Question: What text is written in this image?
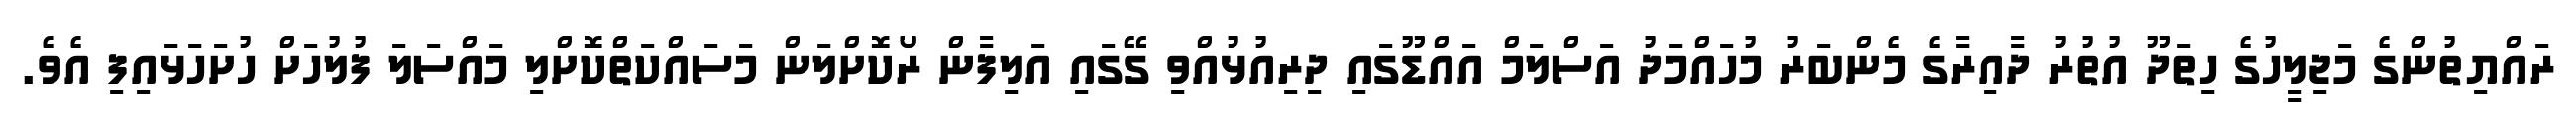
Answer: ރައްޔިތުންގެ މަޖިލީހުގެ ހިތަދޫ އުތުރު ދާއިރާގެ މެންބަރު މުހައްމަދު އަސްލަމް އައްޑޫގައި ދިރިއުޅުއްވި ގޭގައި އަލިފާން ރޯކޮށްލަން މަސައްކަތްކޮށްލި މައްސަލަ ފުލުހަށް ހުށަހަޅައިފި އެވެ.